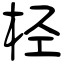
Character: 柽